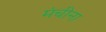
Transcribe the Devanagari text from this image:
मंचीना